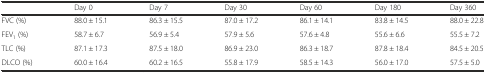
<table><thead><tr><td></td><td><b>Day 0</b></td><td><b>Day 7</b></td><td><b>Day 30</b></td><td><b>Day 60</b></td><td><b>Day 180</b></td><td><b>Day 360</b></td></tr></thead><tbody><tr><td>FVC (%)</td><td>88.0 ± 15.1</td><td>86.3 ± 15.5</td><td>87.0 ± 17.2</td><td>86.1 ± 14.1</td><td>83.8 ± 14.5</td><td>88.0 ± 22.8</td></tr><tr><td>FEV<sub>1</sub> (%)</td><td>58.7 ± 6.7</td><td>56.9 ± 5.4</td><td>57.9 ± 5.6</td><td>57.6 ± 4.8</td><td>55.6 ± 6.6</td><td>55.5 ± 7.2</td></tr><tr><td>TLC (%)</td><td>87.1 ± 17.3</td><td>87.5 ± 18.0</td><td>86.9 ± 23.0</td><td>86.3 ± 18.7</td><td>87.8 ± 18.4</td><td>84.5 ± 20.5</td></tr><tr><td>Dlco (%)</td><td>60.0 ± 16.4</td><td>60.2 ± 16.5</td><td>55.8 ± 17.9</td><td>58.5 ± 14.3</td><td>56.0 ± 17.0</td><td>57.5 ± 5.0</td></tr></tbody></table>